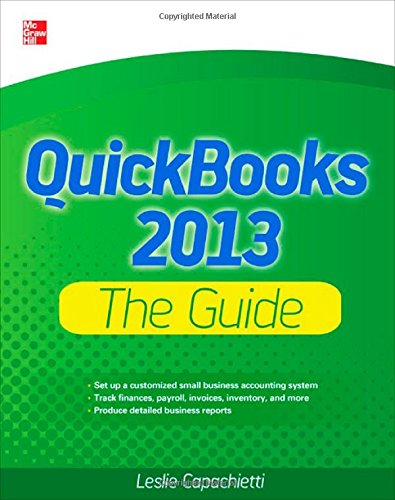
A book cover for QuickBooks 2013 The Guide (QuickBooks: The Official Guide); Leslie Capachietti; Computers & Technology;